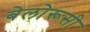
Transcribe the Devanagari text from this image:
बेलोरूसी